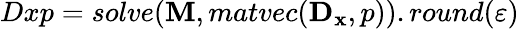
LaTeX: Dxp=solve(\mathbf{M},matvec(\mathbf{D_{x}},p)).round(\varepsilon)